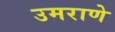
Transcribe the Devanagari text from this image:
उमराणे